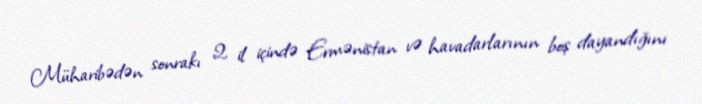
Müharibədən sonrakı 2 il içində Ermənistan və havadarlarının boş dayandığını